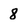
Character: 8